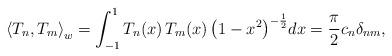
LaTeX: \begin{align*}\left\langle {{T_n},{T_m}} \right\rangle_w = \int_{ - 1}^1 {{T_n}(x)\,{T_m}(x)\,{{\left(1 - {x^2}\right)}^{ - \frac{1}{2}}}dx = \frac{\pi }{2}{c_n}{\delta _{nm}}} ,\end{align*}